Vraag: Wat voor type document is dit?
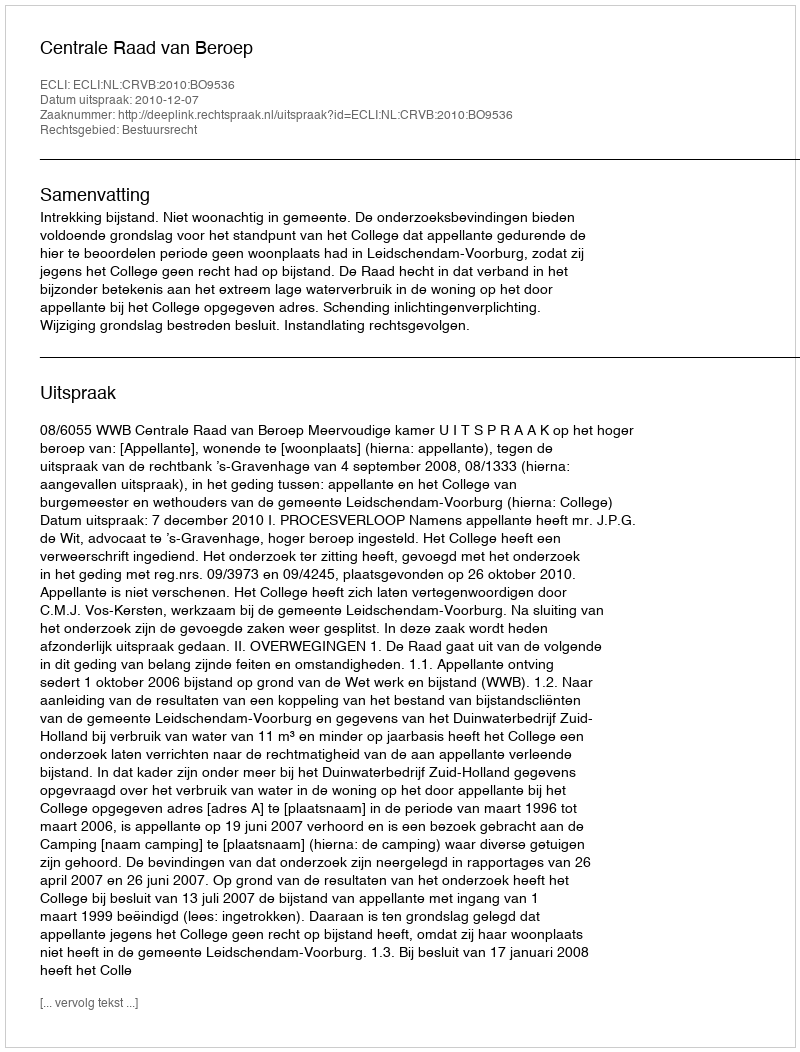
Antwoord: Uitspraak